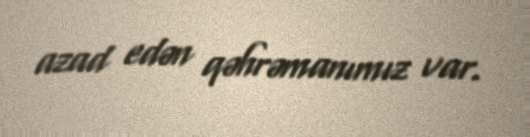
azad edən qəhrəmanımız var.